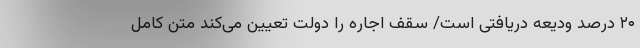
۲۰ درصد ودیعه دریافتی است/ سقف اجاره را دولت تعیین می‌کند متن کامل